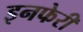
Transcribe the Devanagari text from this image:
इनफेरी